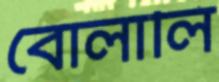
বোলালি